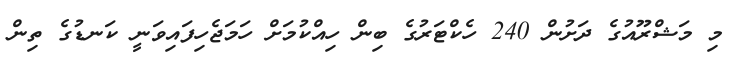
މި މަޝްރޫއުގެ ދަށުން 240 ހެކްޓަރުގެ ބިން ހިއްކުމަށް ހަމަޖެހިފައިވަނީ ކަނޑުގެ ތިން